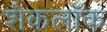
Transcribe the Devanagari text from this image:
शैकलॉक